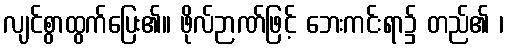
လျင်စွာထွက်ပြေး၏။ ဖိုလ်ဉာဏ်ဖြင့် ဘေးကင်းရာ၌ တည်၏ ၊